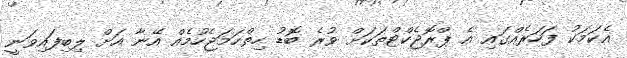
އެކަމަކު ފަހަރެއްގައި އެ ޕްރޮޖެކްޓްތަކަށް ވުރެ ބޮޑު ހިތްހަމަޖެހުމެއް އޭނާ އަށް ލިބިފައިވަނީ